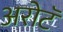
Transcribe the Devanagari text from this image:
अरोटॅ